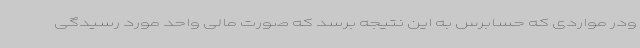
ودر مواردی که حسابرس به این نتیجه برسد که صورت مالی واحد مورد رسیدگی